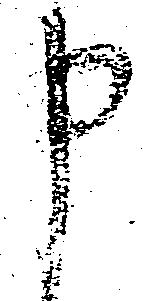
申